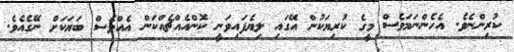
ކުރިންނެވެ. އެހެންނަމަވެސް މީގެ ކުރިޔަކުން އޭގައި ލިޔެފައިވަނީ ކޮންއެއްޗެއްކަން އެއްވެސް ބަޔަކަށް ނޭގެއެވެ.